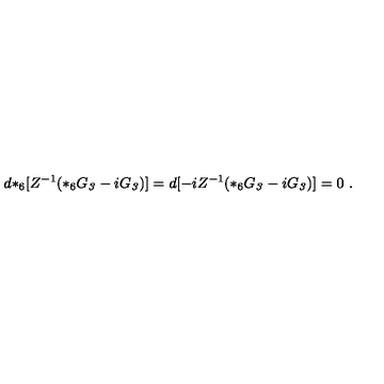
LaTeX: d { * _ { 6 } } [ Z ^ { - 1 } ( * _ { 6 } G _ { \it 3 } - i G _ { \it 3 } ) ] = d [ - i Z ^ { - 1 } ( * _ { 6 } G _ { \it 3 } - i G _ { \it 3 } ) ] = 0 \ .